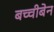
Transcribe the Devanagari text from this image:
बच्चीबेन